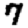
Digit: 7